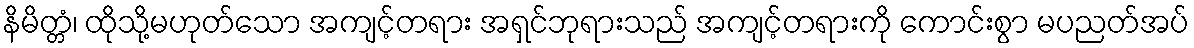
နိမိတ္တံ၊ ထိုသို့မဟုတ်သော အကျင့်တရား အရှင်ဘုရားသည် အကျင့်တရားကို ကောင်းစွာ မပညတ်အပ်